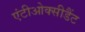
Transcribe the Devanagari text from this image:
एंटीओक्सीडैंट